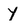
Character: y